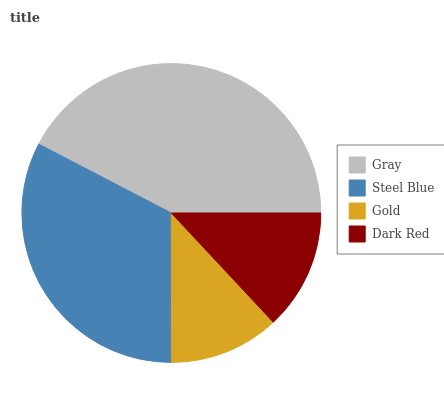
| Gray | Steel Blue | Gold | Dark Red |
 | --- | --- | --- | --- |
 | 42.4% | 32.6% | 11.9% | 13.1% |